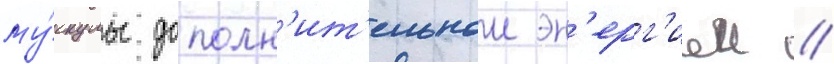
му́скулы дополн'ит'ельнои эн'ерг'иеи //